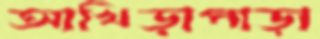
আখিড়াপাড়া